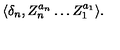
\langle \delta _ { n } , Z _ { n } ^ { a _ { n } } \ldots Z _ { 1 } ^ { a _ { 1 } } \rangle .